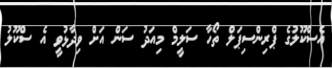
އެސްކޫލުގެ ޕްރިންސިޕަލް ތޯހާ ސަލީމް މިއަދު ސަން އަށް ވިދާޅުވީ އެ ސްކޫލު